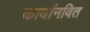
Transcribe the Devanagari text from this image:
कार्यानवित